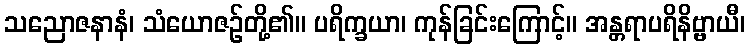
သညောဇနာနံ၊ သံယောဇဉ်တို့၏။ ပရိက္ခယာ၊ ကုန်ခြင်းကြောင့်။ အန္တရာပရိနိဗ္ဗာယီ၊